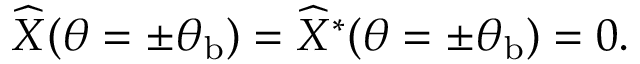
\widehat { X } ( \theta = \pm \theta _ { \mathrm { b } } ) = \widehat { X } ^ { * } ( \theta = \pm \theta _ { \mathrm { b } } ) = 0 .